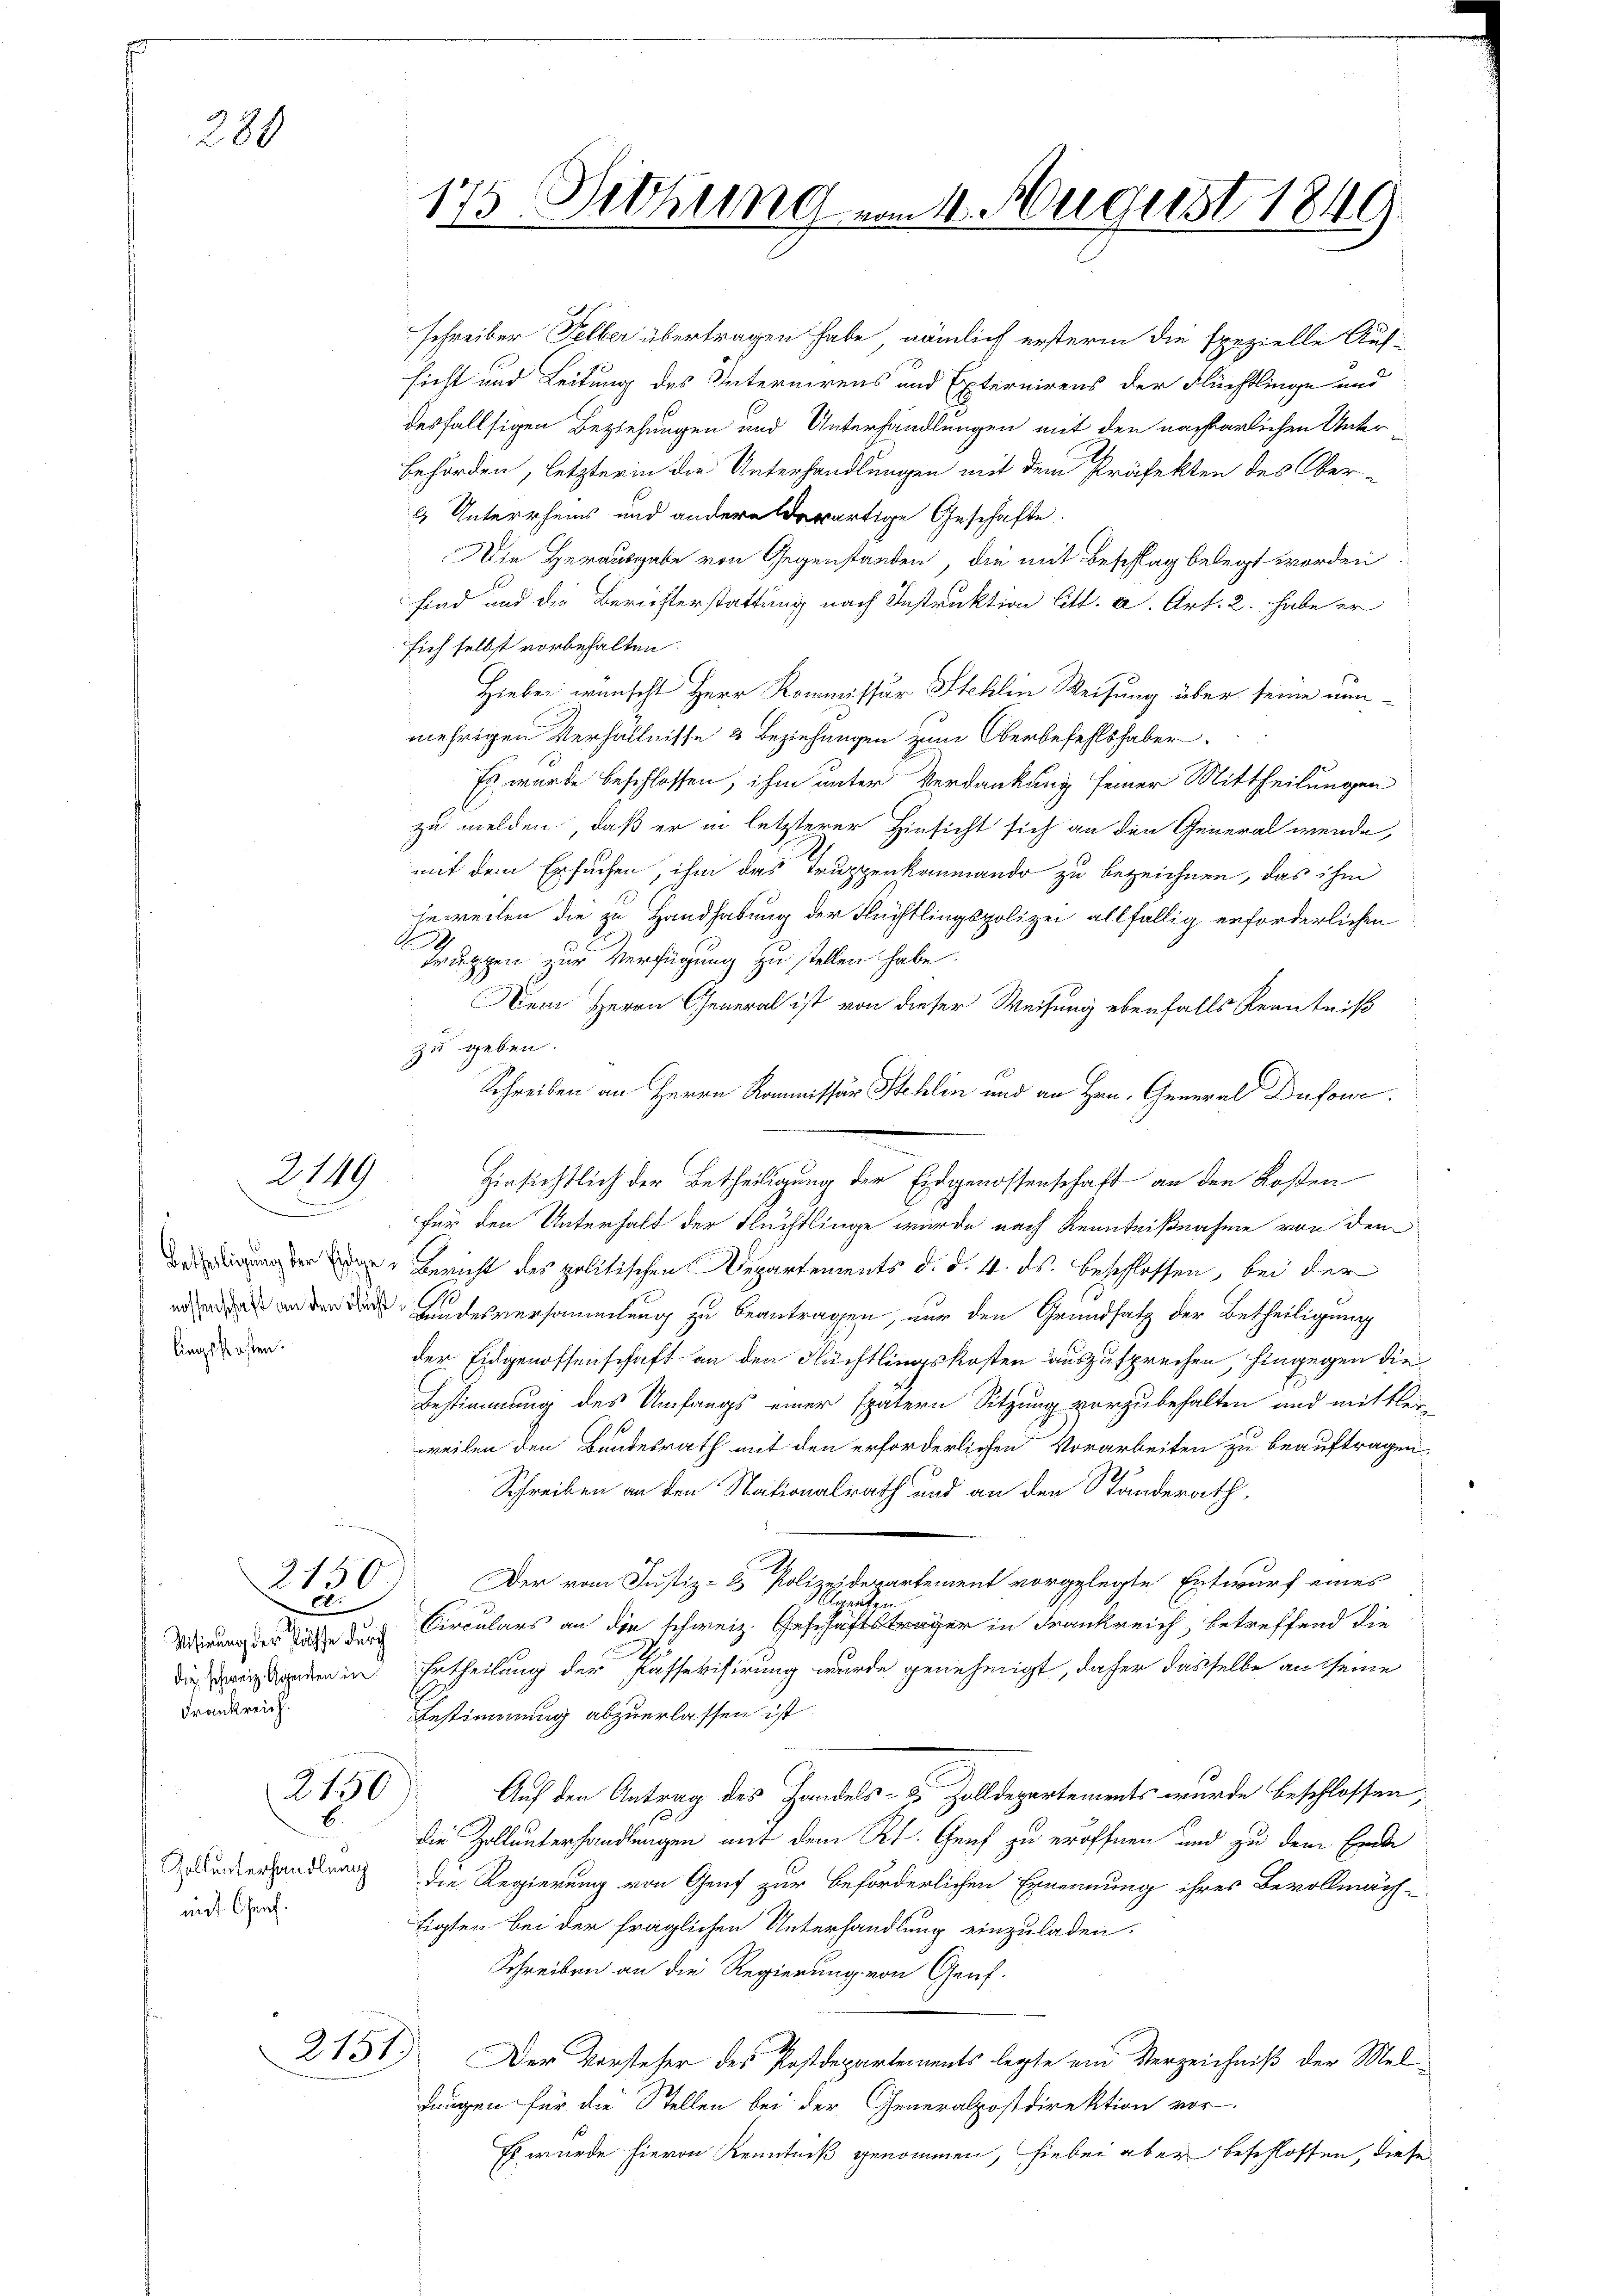
280

lingskosten.

2119

2150
d.
Frankreich.

21390)

mit Chef.

sicht und Leitung des Internirens und Externirens der Flüchtlinge und
desfallsigen Beziehungen und Unterhandlungen mit den nachbarlichen Unter¬
Behörden, letzter in die Unterhandlungen mit dem Präfekten des Ober-
2 Unterrheins und andere derartige Geschäfte.
Die Herausgabe von Gegenstanden, die mit Beschlag belegt worden.
sind und die Berichterstattung nach Instruktion litt. a. Art. 2. habe er
sich selbst vorbehalten.
Hiebei wünscht Herr Kommissur Stehlin Weisung über seine nunmehrigen Verhältnisse & Beziehungen zum Oberbefehlshaber
Es wurde beschlossen, ihm unter Verdankung seiner Mittheilungen
zu melden, daß er in letzterer Hinsicht sich an den General wende,
mit dem Ersuchen, ihm das Truppenkammando zu bezeichnen, das ihm
jeweilen die zu Handhabung der Nüchtlingspolizei allfällig erforderlichen
9
truppen zur Verfügung zu stellen habe.
Dem Herrn General ist von dieser Weisung ebenfalls Kenntniß
zu geben.
Schreiben an Herrn Kommissan Stehlin und an Hrn. General Duforde
Hinsichtlich der Betheiligung der Eidgenossenschaft an den Roßen
für den Unterhalt der Fluchtlinge wurde nach Kenntnißnahme von dem
  Bericht des politischen Departements d. d. 4. ds. beschlossen, bei der
  anden der Linderversammlung zu beantragen, nur den Grundsatz der Betheiligung
der Eidgenossenschaft an den Flüchtlingskosten auszusprechen, hingegen die
Bestimmung des Umfangs einer spätern Sitzung vorzubehalten und mittler-
weilen den Bundesrath mit den erforderlichen Vorarbeiten zu beauftragen
Schreiben an den Nationalrath und an den Standerath,
.
Der vom Justiz- & Polizeidepartement vorgelegte Entwurf eines
Claraten
Adirung des Rathe durch Circulars an die schweiz. Geschäftsträger in Frankreich, betreffend die
dieweisenden in Ertheilung der Kassevisirung wurde genehmigt, daher dasselbe an seine
Bestimmung abzuerlassen ist
Auf den Antrag des Handels- & Zolldepartements wurde beschlossen,
die Zollunterhandlungen auf dem Kt. Genf zu eröffnen und zu dem Ende
Gruderhandlung die Regierung von Genf zur beförderlichen Ernennung ihres Bevollmäch-
tigten bei der fraglichen Unterhandlung einzuladen.
Schreiben an die Regierung von Genf.
2131) Der Vorsteher des Postdepartements legte ein Verzeichniß der Meldungen für die Stellen bei der Generalpostdirektion vor
Es wurde hievon Kenntniß genommen, hiebei aber beschlossen, diese

175 Dittung vom 4. August 1849.

schreiber Felber übertragen habe, nämlich erstern die spezielle Auf-